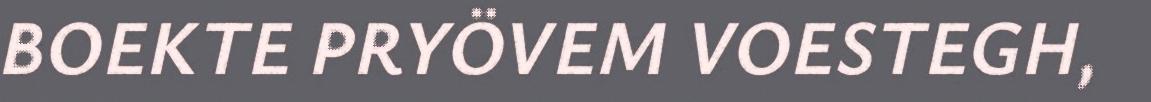
BOEKTE PRYÖVEM VOESTEGH,